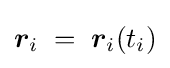
\displaystyle {\boldsymbol {r}}_{i}\;=\;{\boldsymbol {r}}_{i}(t_{i})